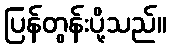
ပြန်တွန်းပို့သည်။